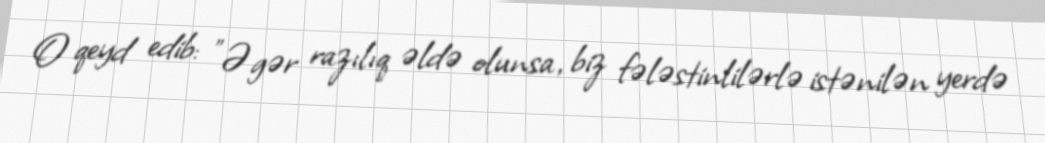
O qeyd edib: "Əgər razılıq əldə olunsa, biz fələstinlilərlə istənilən yerdə